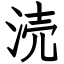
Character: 涜